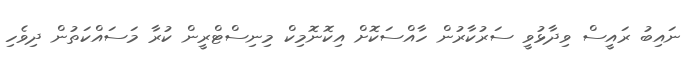
ނައިބު ރައީސް ވިދާޅުވީ ސަރުކާރުން ހާއްސަކޮށް އިކޮނޮމިކް މިނިސްޓްރީން ކުރާ މަސައްކަތުން ދިވެހި